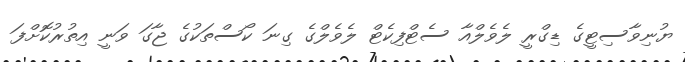
ޔުނިވާސިޓީގެ ޑިގްރީ ލެވެލްއާ ސެޓްފިކެޓް ލެވެލްގެ ގިނަ ކޯސްތަކުގެ ޖާގަ ވަނީ އިތުރުކޮށްފަ